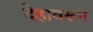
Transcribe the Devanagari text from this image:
देहावरून